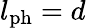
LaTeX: l_{\mathrm{ph}}=d